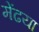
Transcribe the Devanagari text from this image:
मेंढया